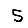
Digit: 5